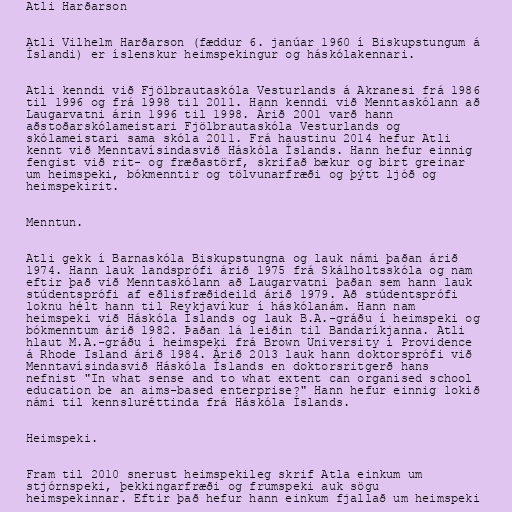
Atli Harðarson

Atli Vilhelm Harðarson (fæddur 6. janúar 1960 í Biskupstungum á
Íslandi) er íslenskur heimspekingur og háskólakennari.

Atli kenndi við Fjölbrautaskóla Vesturlands á Akranesi frá 1986
til 1996 og frá 1998 til 2011. Hann kenndi við Menntaskólann að
Laugarvatni árin 1996 til 1998. Árið 2001 varð hann
aðstoðarskólameistari Fjölbrautaskóla Vesturlands og
skólameistari sama skóla 2011. Frá haustinu 2014 hefur Atli
kennt við Menntavísindasvið Háskóla Íslands. Hann hefur einnig
fengist við rit- og fræðastörf, skrifað bækur og birt greinar
um heimspeki, bókmenntir og tölvunarfræði og þýtt ljóð og
heimspekirit.

Menntun.

Atli gekk í Barnaskóla Biskupstungna og lauk námi þaðan árið
1974. Hann lauk landsprófi árið 1975 frá Skálholtsskóla og nam
eftir það við Menntaskólann að Laugarvatni þaðan sem hann lauk
stúdentsprófi af eðlisfræðideild árið 1979. Að stúdentsprófi
loknu hélt hann til Reykjavíkur í háskólanám. Hann nam
heimspeki við Háskóla Íslands og lauk B.A.-gráðu í heimspeki og
bókmenntum árið 1982. Þaðan lá leiðin til Bandaríkjanna. Atli
hlaut M.A.-gráðu í heimspeki frá Brown University í Providence
á Rhode Island árið 1984. Árið 2013 lauk hann doktorsprófi við
Menntavísindasvið Háskóla Íslands en doktorsritgerð hans
nefnist "In what sense and to what extent can organised school
education be an aims-based enterprise?" Hann hefur einnig lokið
námi til kennsluréttinda frá Háskóla Íslands.

Heimspeki.

Fram til 2010 snerust heimspekileg skrif Atla einkum um
stjórnspeki, þekkingarfræði og frumspeki auk sögu
heimspekinnar. Eftir það hefur hann einkum fjallað um heimspeki